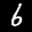
Label: 6